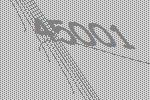
45001